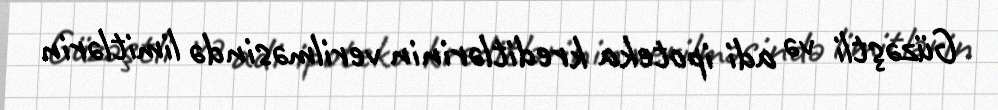
Güzəştli və adi ipoteka kreditlərinin verilməsində limitlərin